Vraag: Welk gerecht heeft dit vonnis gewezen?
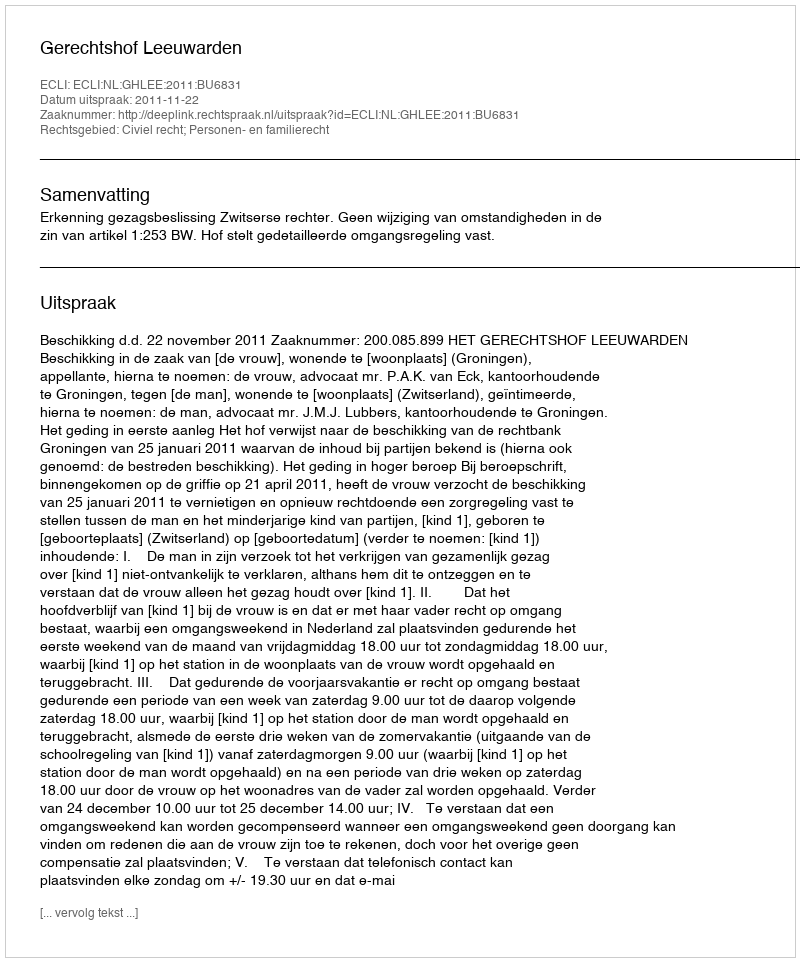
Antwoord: Gerechtshof Leeuwarden